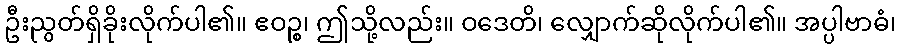
ဦးညွတ်ရှိခိုးလိုက်ပါ၏။ ဧဝဉ္စ၊ ဤသို့လည်း။ ဝဒေတိ၊ လျှောက်ဆိုလိုက်ပါ၏။ အပ္ပါဗာဓံ၊